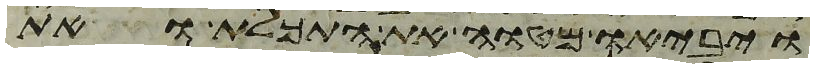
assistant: ויביאו מטוה את התכלת ואת